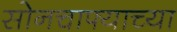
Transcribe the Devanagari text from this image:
सोनचाफ्याच्या